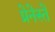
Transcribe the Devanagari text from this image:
प्रेनेस्ते